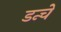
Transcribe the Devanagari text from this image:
डन्चे